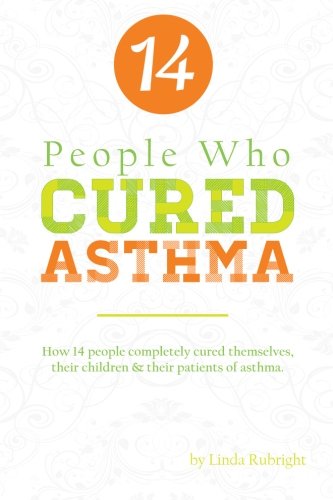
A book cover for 14 People who Cured Asthma; Linda Rubright; Health, Fitness & Dieting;